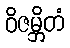
ဝိဇမ္ဘိတံ